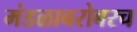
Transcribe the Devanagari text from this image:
मंडळाबरोबरच